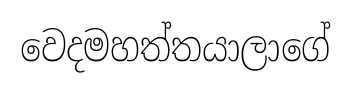
වෙදමහත්තයාලාගේ